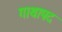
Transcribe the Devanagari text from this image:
गाथापद